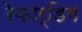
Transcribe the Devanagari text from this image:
रेकार्डिग